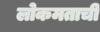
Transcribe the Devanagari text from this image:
लोकमताची